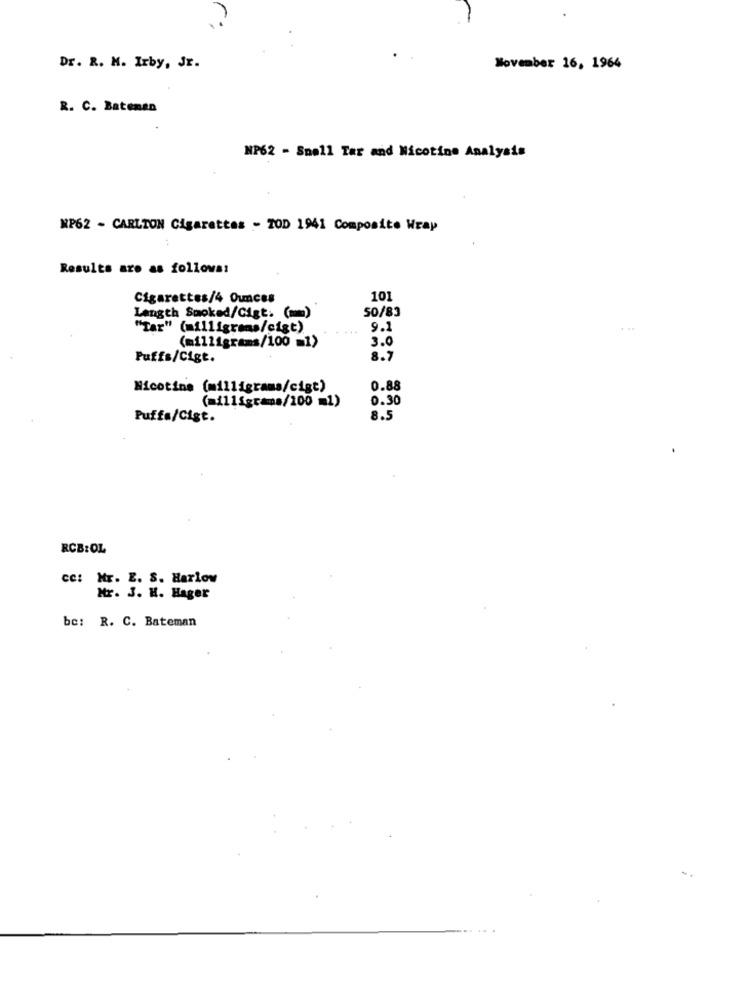
Dr. R. M. Irby, Jr.
November 16, 1964
R. C. Bateman
NP62 - Smell Tar and Nicotine Analysis
MP62 - CARLTON Cigarettes - ZOD 1941 Composite Wrap
Results are as follows:
Cigarettes/4 Ounces
101
50/83
Length Smoked/Cigt: (mm)
"Tar" (milligrams/cigt)
9.2
(milligrams/100 =1)
3.0
Puffs/Cigt.
8.7
Nicotine (milligrams/cigt)
0.88
(milligrams/100 m1)
0.30
Puffa/Cist.
8.5
RCB:OL
cc: Mr. E. S. Harlow
Mr. 3. H. Hager
be: R. C. Bateman